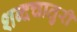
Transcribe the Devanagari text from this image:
शब्दचातुरी